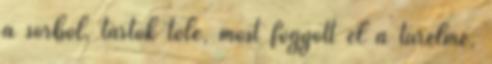
a sorból, tartok tõle, most fogyott el a türelme,